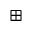
\boxplus